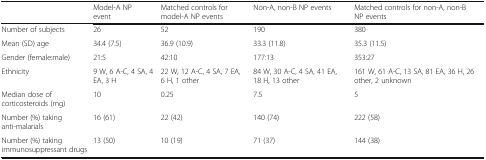
|  | Model-A NP event | Matched controls for model-A NP events | Non-A, non-B NP events | Matched controls for non-A, non-B NP events |
 | --- | --- | --- | --- | --- |
 | Number of subjects | 26 | 52 | 190 | 380 |
 | Mean (SD) age | 34.4 (7.5) | 36.9 (10.9) | 33.3 (11.8) | 35.3 (11.5) |
 | Gender (female:male) | 21:5 | 42:10 | 177:13 | 353:27 |
 | Ethnicity | 9 W, 6 A-C, 4 SA, 4 EA, 3 H | 22 W, 12 A-C, 4 SA, 7 EA, 6 H, 1 other | 84 W, 30 A-C, 4 SA, 41 EA, 18 H, 13 other | 161 W, 61 A-C, 13 SA, 81 EA, 36 H, 26 other, 2 unknown |
 | Median dose of corticosteroids (mg) | 10 | 0.25 | 7.5 | 5 |
 | Number (%) taking anti-malarials | 16 (61) | 22 (42) | 140 (74) | 222 (58) |
 | Number (%) taking immunosuppressant drugs | 13 (50) | 10 (19) | 71 (37) | 144 (38) |